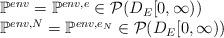
LaTeX: \begin{align*}\begin{array}{l}\mathbb{P}^{env}=\mathbb{P}^{env,e}\in \mathcal{P}(D_E[0,\infty))\\\mathbb{P}^{env,N}= \mathbb{P}^{env,e_N}\in \mathcal{P}(D_E[0,\infty))\end{array}\end{align*}